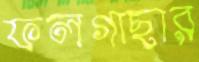
ফলগাছার